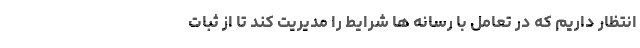
انتظار داریم که در تعامل با رسانه ها شرایط را مدیریت کند تا از ثبات